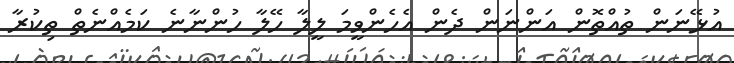
އުޅޭނަން ތުއްތޮން އަންނަން ދެން އެހެންވީމަ ލީލާ ހޭލާ ހުންނާނެ ކަމެއްނެތް ތިކުރާ